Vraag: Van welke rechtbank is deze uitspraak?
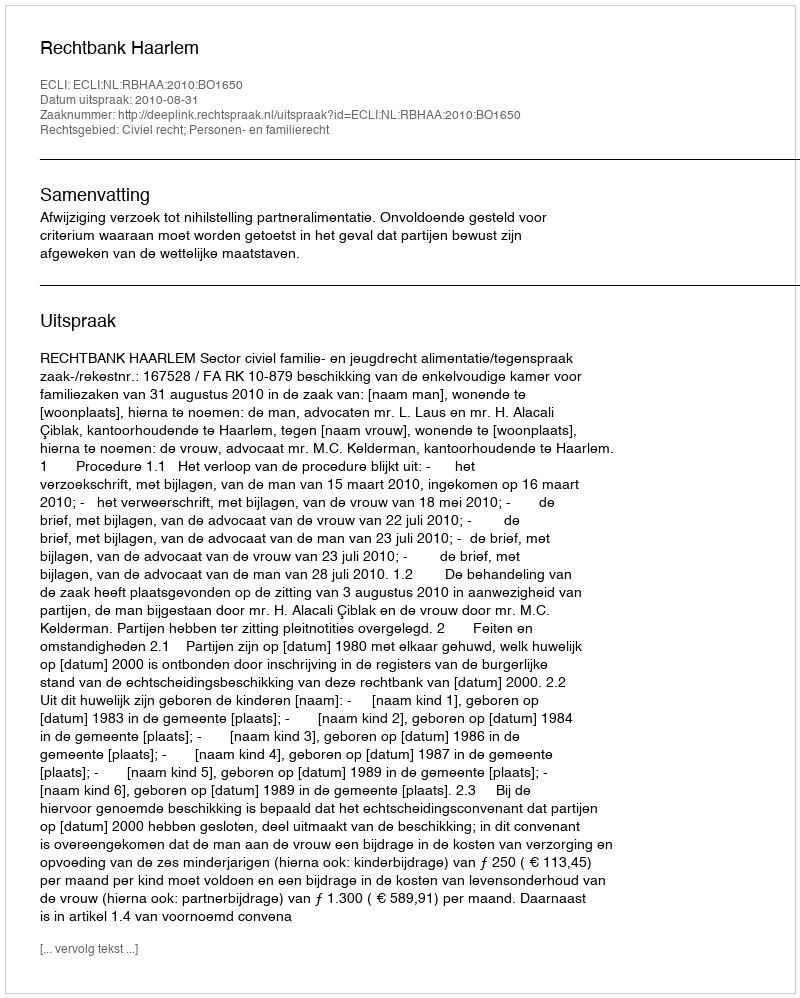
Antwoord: Rechtbank Haarlem